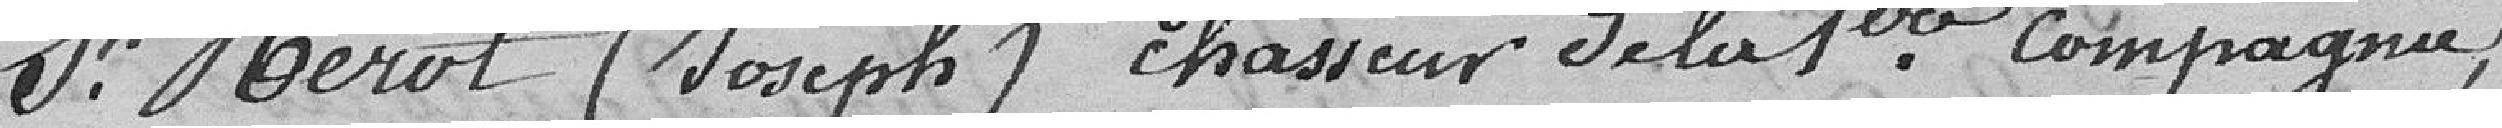
Sieut Mérot (Joseph), chasseur de la première compagnie,